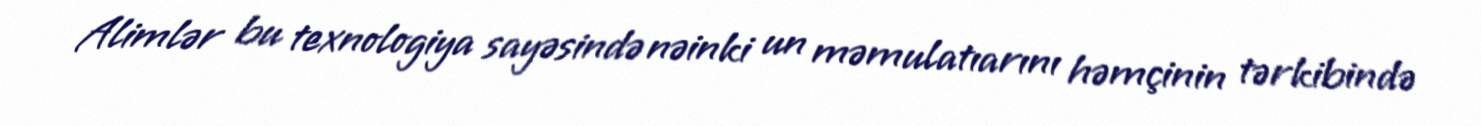
Alimlər bu texnologiya sayəsində nəinki un məmulatıarını həmçinin tərkibində